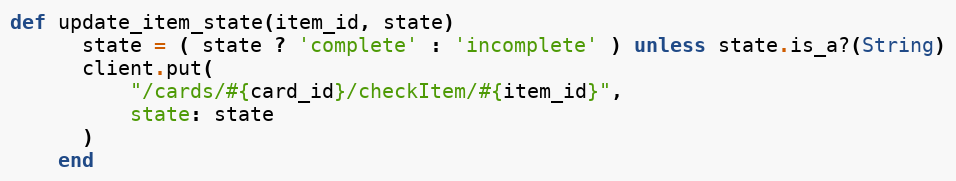
Language: Ruby
def update_item_state(item_id, state)
      state = ( state ? 'complete' : 'incomplete' ) unless state.is_a?(String)
      client.put(
          "/cards/#{card_id}/checkItem/#{item_id}",
          state: state
      )
    end